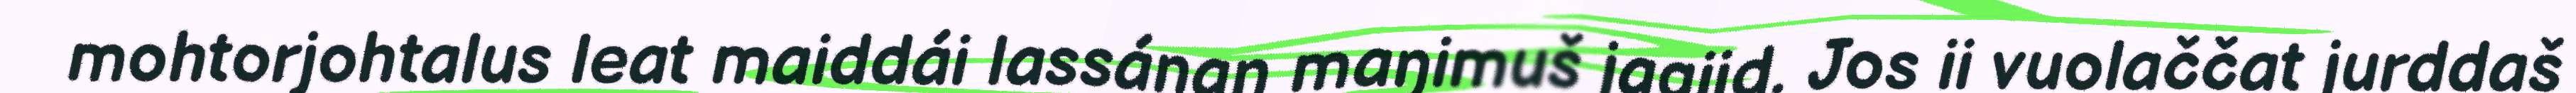
mohtorjohtalus leat maiddái lassánan maŋimuš jagiid. Jos ii vuolaččat jurddaš